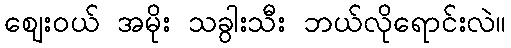
ဈေးဝယ် အမိုး သခွါးသီး ဘယ်လိုရောင်းလဲ။